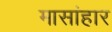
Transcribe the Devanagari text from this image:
मासांहार